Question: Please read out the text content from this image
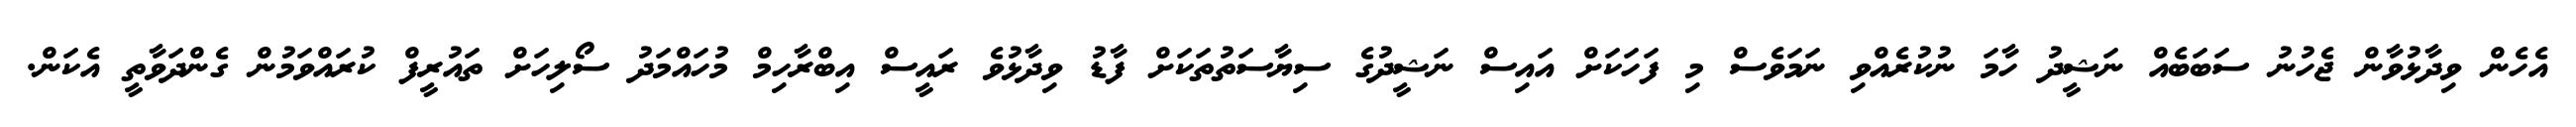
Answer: އެހެން ވިދާޅުވާން ޖެހުނު ސަބަބެއް ނަޝީދު ހާމަ ނުކުރެއްވި ނަމަވެސް މި ފަހަކަށް އައިސް ނަޝީދުގެ ސިޔާސަތުތަކަށް ފާޑު ވިދާޅުވެ ރައީސް އިބްރާހިމް މުހައްމަދު ސޯލިހަށް ތައުރީފް ކުރައްވަމުން ގެންދަވާތީ އެކަން.